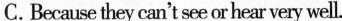
C. Because they can't see or hear very well.